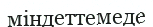
міндеттемеде